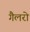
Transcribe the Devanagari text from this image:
गैलरो